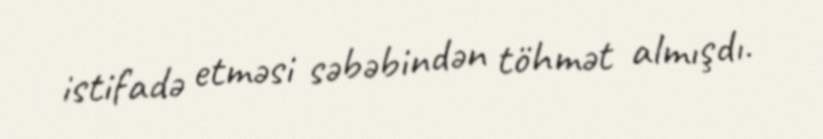
istifadə etməsi səbəbindən töhmət almışdı.